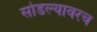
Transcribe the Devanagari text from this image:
सोडल्यावरच